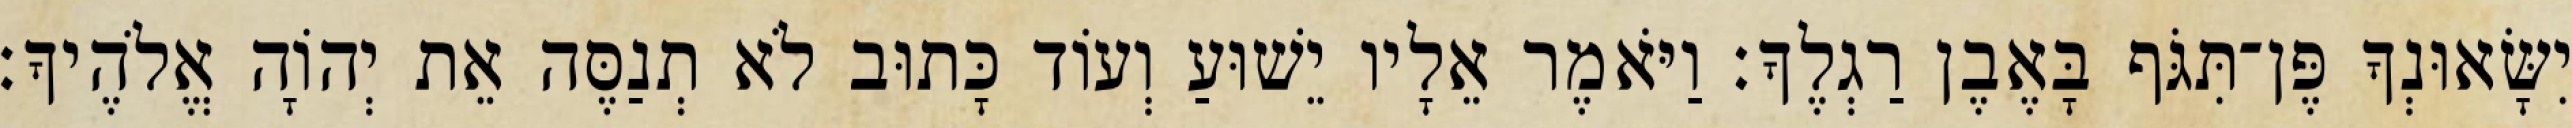
יִשָּׂאוּנְךָ פֶּן־תִּגֹּף בָּאֶבֶן רַגְלֶךָ׃ וַיֹּאמֶר אֵלָיו יֵשׁוּעַ וְעוֹד כָּתוּב לֹא תְנַסֶּה אֵת יְהוָֹה אֱלֹהֶיךָ׃